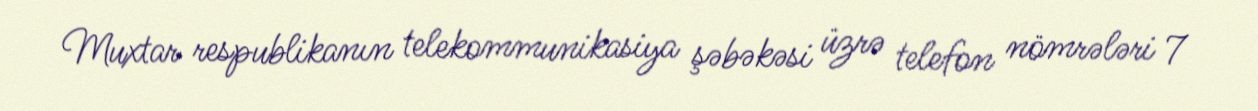
Muxtar respublikanın telekommunikasiya şəbəkəsi üzrə telefon nömrələri 7